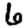
Digit: 6